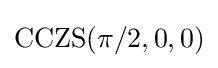
\mathrm {CCZS} (\pi /2,0,0)